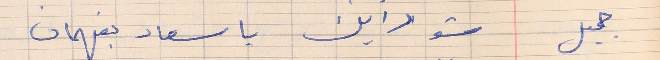
جميل     شو رايك يا سعاد بفهمان